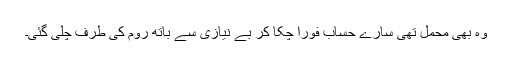
وہ بھی محمل تھی سارے حساب فوراً چکا کر بے نیازی سے باتھ روم کی طرف چلی گئی۔